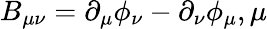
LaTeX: B_{\mu\nu}=\partial_{\mu}\phi_{\nu}-\partial_{\nu}\phi_{\mu},\mu